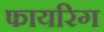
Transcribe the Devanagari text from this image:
फायरिग